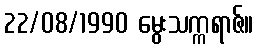
22/08/1990 မွေးသက္ကရာဇ်။